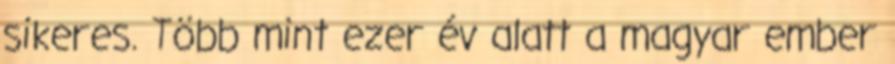
sikeres. Több mint ezer év alatt a magyar ember